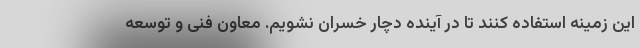
این زمینه استفاده کنند تا در آینده دچار خسران نشویم. معاون فنی و توسعه